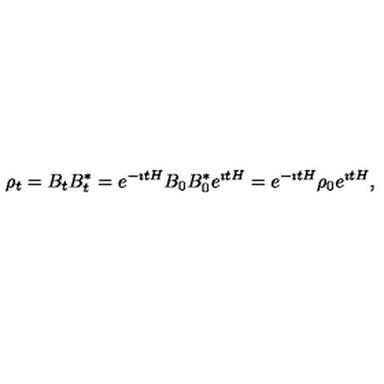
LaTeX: \rho _ { t } = B _ { t } B _ { t } ^ { * } = e ^ { - \imath t H } B _ { 0 } B _ { 0 } ^ { * } e ^ { \imath t H } = e ^ { - \imath t H } \rho _ { 0 } e ^ { \imath t H } ,